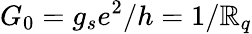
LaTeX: G_{0}=g_{s}e^{2}/h=1/\mathbb{R}_{q}